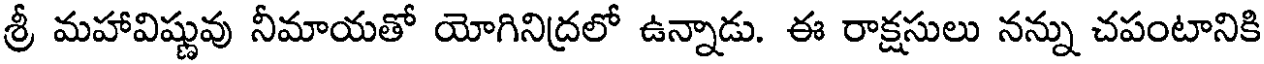
శ్రీ మహావిష్ణువు నీమాయతో యోగినిద్రలో ఉన్నాడు. ఈ రాక్షసులు నన్ను చపంటానికి